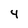
Character: 4